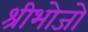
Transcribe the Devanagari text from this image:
श्रीभोजो